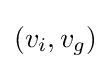
(v_{i},v_{g})